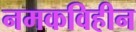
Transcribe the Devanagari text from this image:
नमकविहीन